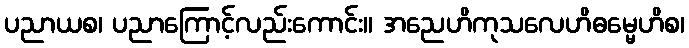
ပညာယစ၊ ပညာကြောင့်လည်းကောင်း။ အညေဟိကုသလေဟိဓမ္မေဟိစ၊